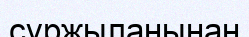
сұржыланынан